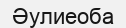
Әулиеоба